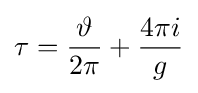
\tau ={\frac {\vartheta }{2\pi }}+{\frac {4\pi i}{g}}